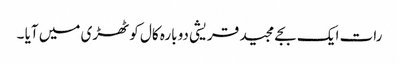
رات ایک بجے مجید قریشی دوبارہ کال کوٹھڑی میں آیا ۔